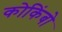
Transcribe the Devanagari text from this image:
कोकिंबो